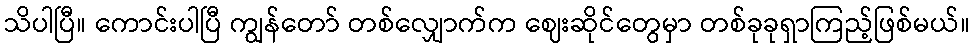
သိပါပြီ။ ကောင်းပါပြီ ကျွန်တော် တစ်လျှောက်က ဈေးဆိုင်တွေမှာ တစ်ခုခုရှာကြည့်ဖြစ်မယ်။